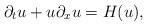
LaTeX: \begin{align*} \partial_t u + u\partial_x u =H(u),\end{align*}